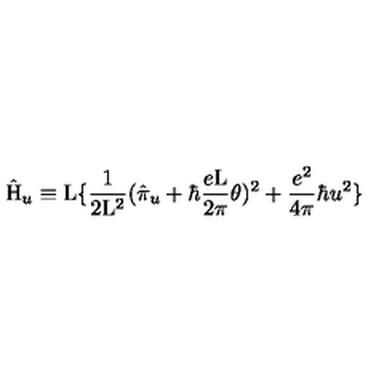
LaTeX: \hat { \mathrm { H } } _ { u } \equiv \mathrm { L } \{ \frac { 1 } { 2 \mathrm { L } ^ { 2 } } ( \hat { \pi } _ { u } + \hbar \frac { e \mathrm { L } } { 2 \pi } \theta ) ^ { 2 } + \frac { e ^ { 2 } } { 4 \pi } \hbar u ^ { 2 } \}